Indian journal of veterinary science and animal husbandry - Volume 7,
Year: 1937
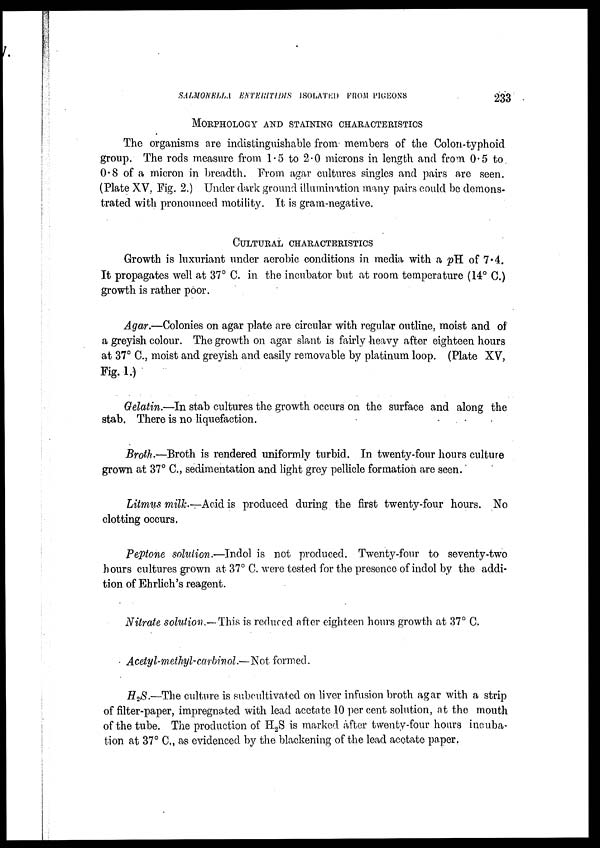
SALMONELLA ENTERITIDIS ISOLATED FROM
PIGEONS
233
MORPHOLOGY AND STAINING CHARACTERISTICS
The organisms are indistinguishable from members of the Colon-typhoid
group. The rods measure from 1.5 to 2.0 microns in length and from 0.5 to
0.8 of a micron in breadth. From agar cultures singles and pairs are seen.
(Plate XV. Fig. 2.) Under dark ground illumination many pairs could be demons-
trated with pronounced motility. It is gram-negative.
CULTURAL CHARACTERISTICS
Growth is luxuriant under aerobic conditions in media with a pH of 7.4.
It propagates well at 37° C. in the incubator but at room temperature (14° C.)
growth is rather poor.
Agar.—Colonies on agar plate are circular with regular outline, moist and of
a greyish colour. The growth on agar slant is fairly heavy after eighteen hours
at 37° C., moist and greyish and easily removable by platinum loop. (Plate XV,
Fig. 1.)
Gelatin.—In stab cultures the growth occurs on the surface and along the
stab. There is no liquefaction.
Broth-—Broth is rendered uniformly turbid. In twenty-four hours culture
grown at 37° C, sedimentation and light grey pellicle formation are seen.
Litmus milk.—Acid is produced during the first twenty-four hours. No
clotting occurs.
Peptone solution.—Indol is not produced. Twenty-four to seventy-two
hours cultures grown at 37° C. were tested for the presence of indol by the addi-
tion of Ehrlich's reagent.
Nitrate solution.— This is reduced after eighteen hours growth at 37° C.
Acetyl-methyl-carbinol.—Not formed.
H 2 S.—The culture is subcultivated on liver infusion broth agar with a strip
of filter-paper, impregnated with lead acetate 10 per cent solution, at the mouth
of the tube. The production of H 2 S is marked after twenty-four hours incuba-
tion at 37° C., as evidenced by the blackening of the lead acetate paper.